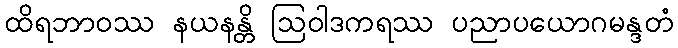
ထိရဘာဝဿ နယနန္တိ ဩဝါဒကရဿ ပညာပယောဂမန္ဒတံ